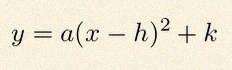
y=a(x-h)^2+k